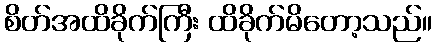
စိတ်အထိခိုက်ကြီး ထိခိုက်မိတော့သည်။